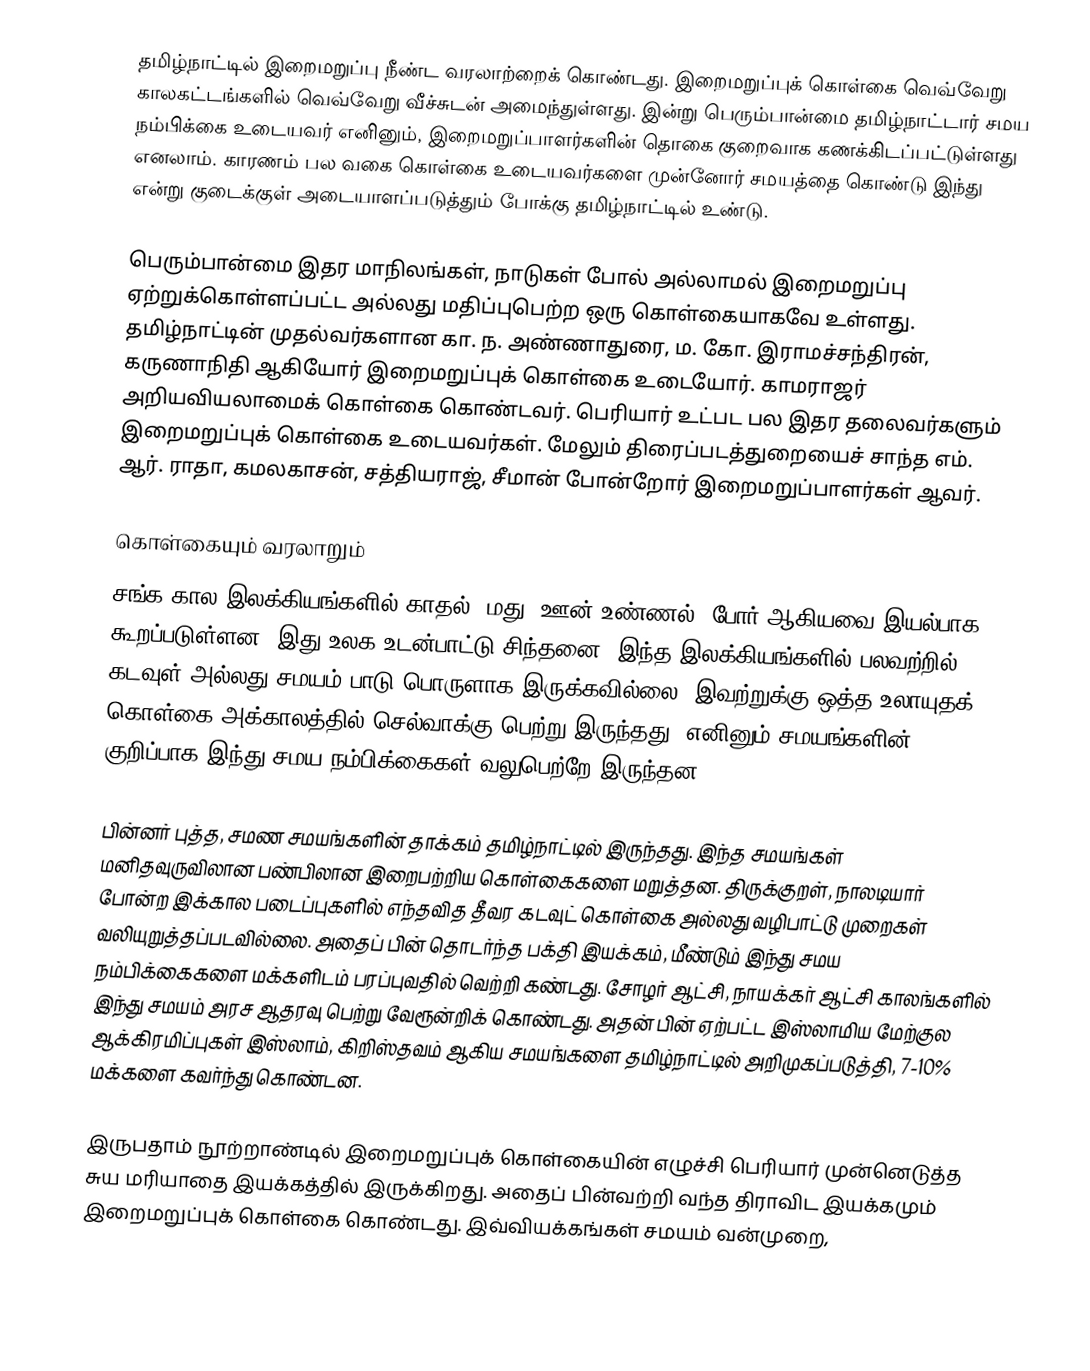
தமிழ்நாட்டில் இறைமறுப்பு நீண்ட வரலாற்றைக் கொண்டது.  இறைமறுப்புக் கொள்கை வெவ்வேறு காலகட்டங்களில் வெவ்வேறு வீச்சுடன் அமைந்துள்ளது.  இன்று பெரும்பான்மை தமிழ்நாட்டார் சமய நம்பிக்கை உடையவர் எனினும், இறைமறுப்பாளர்களின் தொகை குறைவாக கணக்கிடப்பட்டுள்ளது எனலாம். காரணம் பல வகை கொள்கை உடையவர்களை முன்னோர் சமயத்தை கொண்டு இந்து என்று குடைக்குள் அடையாளப்படுத்தும் போக்கு தமிழ்நாட்டில் உண்டு.

பெரும்பான்மை இதர மாநிலங்கள், நாடுகள் போல் அல்லாமல் இறைமறுப்பு ஏற்றுக்கொள்ளப்பட்ட அல்லது மதிப்புபெற்ற ஒரு கொள்கையாகவே உள்ளது.  தமிழ்நாட்டின் முதல்வர்களான கா. ந. அண்ணாதுரை, ம. கோ. இராமச்சந்திரன், கருணாநிதி ஆகியோர் இறைமறுப்புக் கொள்கை உடையோர்.  காமராஜர் அறியவியலாமைக் கொள்கை கொண்டவர். பெரியார் உட்பட பல இதர தலைவர்களும் இறைமறுப்புக் கொள்கை உடையவர்கள். மேலும் திரைப்படத்துறையைச் சாந்த எம். ஆர். ராதா, கமலகாசன், சத்தியராஜ், சீமான் போன்றோர் இறைமறுப்பாளர்கள் ஆவர்.

கொள்கையும் வரலாறும்
சங்க கால இலக்கியங்களில் காதல், மது, ஊன் உண்ணல், போர் ஆகியவை இயல்பாக கூறப்படுள்ளன.  இது உலக உடன்பாட்டு சிந்தனை.  இந்த இலக்கியங்களில் பலவற்றில் கடவுள் அல்லது சமயம் பாடு பொருளாக இருக்கவில்லை.  இவற்றுக்கு ஒத்த உலாயுதக் கொள்கை அக்காலத்தில் செல்வாக்கு பெற்று இருந்தது.  எனினும் சமயங்களின், குறிப்பாக இந்து சமய நம்பிக்கைகள் வலுபெற்றே இருந்தன.

பின்னர் புத்த, சமண சமயங்களின் தாக்கம் தமிழ்நாட்டில் இருந்தது.  இந்த சமயங்கள் மனிதவுருவிலான பண்பிலான இறைபற்றிய கொள்கைகளை மறுத்தன.  திருக்குறள், நாலடியார் போன்ற இக்கால படைப்புகளில் எந்தவித தீவர கடவுட் கொள்கை அல்லது வழிபாட்டு முறைகள் வலியுறுத்தப்படவில்லை. அதைப் பின் தொடர்ந்த பக்தி இயக்கம், மீண்டும் இந்து சமய நம்பிக்கைகளை மக்களிடம் பரப்புவதில் வெற்றி கண்டது.  சோழர் ஆட்சி, நாயக்கர் ஆட்சி காலங்களில் இந்து சமயம் அரச ஆதரவு பெற்று வேரூன்றிக் கொண்டது.  அதன் பின் ஏற்பட்ட இஸ்லாமிய மேற்குல ஆக்கிரமிப்புகள் இஸ்லாம், கிறிஸ்தவம் ஆகிய சமயங்களை தமிழ்நாட்டில் அறிமுகப்படுத்தி, 7-10% மக்களை கவர்ந்து கொண்டன.

இருபதாம் நூற்றாண்டில் இறைமறுப்புக் கொள்கையின் எழுச்சி பெரியார் முன்னெடுத்த சுய மரியாதை இயக்கத்தில் இருக்கிறது.  அதைப் பின்வற்றி வந்த திராவிட இயக்கமும் இறைமறுப்புக் கொள்கை கொண்டது.  இவ்வியக்கங்கள் சமயம் வன்முறை,